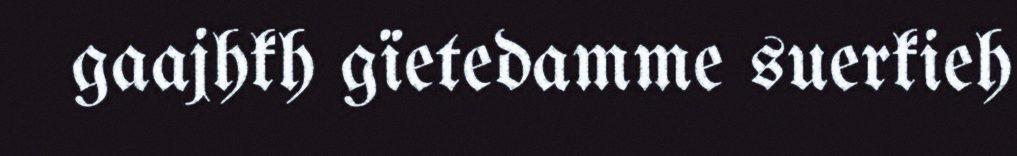
gaajhkh gïetedamme suerkieh